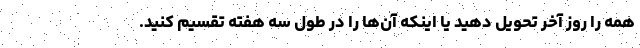
همه را روز آخر تحویل دهید یا اینکه آن‌ها را در طول سه هفته تقسیم کنید.